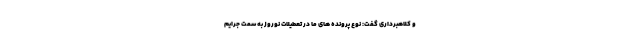
و کلاهبرداری گفت: نوع پرونده های ما در تعطیلات نوروز به سمت جرایم